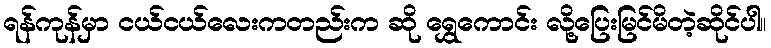
ရန်ကုန်မှာ ငယ်ငယ်လေးကတည်းက ဆို ရွှေကောင်း လို့ပြေးမြင်မိတဲ့ဆိုင်ပါ။